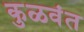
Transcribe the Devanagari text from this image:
कुळवंत